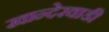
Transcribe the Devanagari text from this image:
खान्देरवाडी